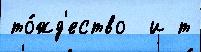
то́жд'ество  и т